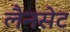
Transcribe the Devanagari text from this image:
लैनसेट